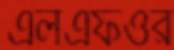
এলএফওর